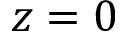
z = 0